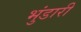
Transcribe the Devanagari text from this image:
भुंडारी